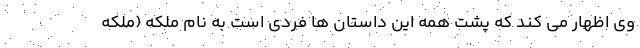
وی اظهار می کند که پشت همه این داستان ها فردی است به نام ملکه (ملکه